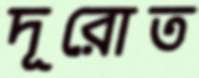
দূরোত